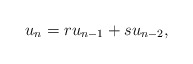
\begin{align*} u_n=ru_{n-1}+su_{n-2},\end{align*}